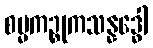
စမ္မကဉ္စုကသန္နဒ္ဓေါ